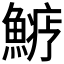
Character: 𩺋